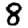
Digit: 8